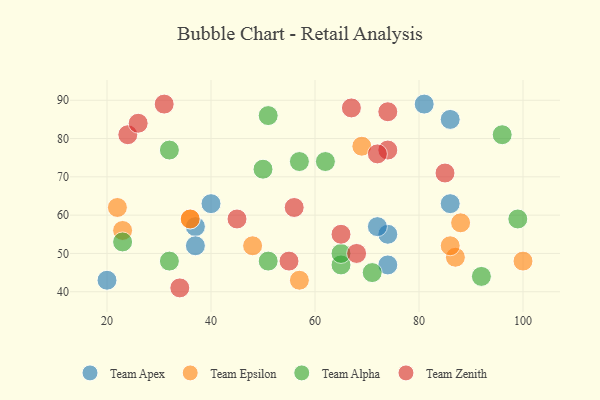
{"axis": {"x": "GDP", "y": "Life Expectancy"}, "legend": ["Team Alpha", "Team Apex", "Team Epsilon", "Team Zenith"], "data": [{"x": "74", "y": 55, "type": "Team Apex"}, {"x": "20", "y": 43, "type": "Team Apex"}, {"x": "72", "y": 57, "type": "Team Apex"}, {"x": "86", "y": 63, "type": "Team Apex"}, {"x": "40", "y": 63, "type": "Team Apex"}, {"x": "86", "y": 85, "type": "Team Apex"}, {"x": "37", "y": 57, "type": "Team Apex"}, {"x": "74", "y": 47, "type": "Team Apex"}, {"x": "81", "y": 89, "type": "Team Apex"}, {"x": "37", "y": 52, "type": "Team Apex"}, {"x": "57", "y": 43, "type": "Team Epsilon"}, {"x": "22", "y": 62, "type": "Team Epsilon"}, {"x": "88", "y": 58, "type": "Team Epsilon"}, {"x": "36", "y": 59, "type": "Team Epsilon"}, {"x": "100", "y": 48, "type": "Team Epsilon"}, {"x": "87", "y": 49, "type": "Team Epsilon"}, {"x": "48", "y": 52, "type": "Team Epsilon"}, {"x": "23", "y": 56, "type": "Team Epsilon"}, {"x": "36", "y": 59, "type": "Team Epsilon"}, {"x": "86", "y": 52, "type": "Team Epsilon"}, {"x": "69", "y": 78, "type": "Team Epsilon"}, {"x": "32", "y": 48, "type": "Team Alpha"}, {"x": "50", "y": 72, "type": "Team Alpha"}, {"x": "51", "y": 86, "type": "Team Alpha"}, {"x": "51", "y": 48, "type": "Team Alpha"}, {"x": "62", "y": 74, "type": "Team Alpha"}, {"x": "96", "y": 81, "type": "Team Alpha"}, {"x": "99", "y": 59, "type": "Team Alpha"}, {"x": "71", "y": 45, "type": "Team Alpha"}, {"x": "32", "y": 77, "type": "Team Alpha"}, {"x": "57", "y": 74, "type": "Team Alpha"}, {"x": "65", "y": 47, "type": "Team Alpha"}, {"x": "23", "y": 53, "type": "Team Alpha"}, {"x": "92", "y": 44, "type": "Team Alpha"}, {"x": "65", "y": 50, "type": "Team Alpha"}, {"x": "65", "y": 55, "type": "Team Zenith"}, {"x": "74", "y": 77, "type": "Team Zenith"}, {"x": "56", "y": 62, "type": "Team Zenith"}, {"x": "31", "y": 89, "type": "Team Zenith"}, {"x": "55", "y": 48, "type": "Team Zenith"}, {"x": "74", "y": 87, "type": "Team Zenith"}, {"x": "45", "y": 59, "type": "Team Zenith"}, {"x": "72", "y": 76, "type": "Team Zenith"}, {"x": "24", "y": 81, "type": "Team Zenith"}, {"x": "68", "y": 50, "type": "Team Zenith"}, {"x": "85", "y": 71, "type": "Team Zenith"}, {"x": "34", "y": 41, "type": "Team Zenith"}, {"x": "67", "y": 88, "type": "Team Zenith"}, {"x": "26", "y": 84, "type": "Team Zenith"}]}